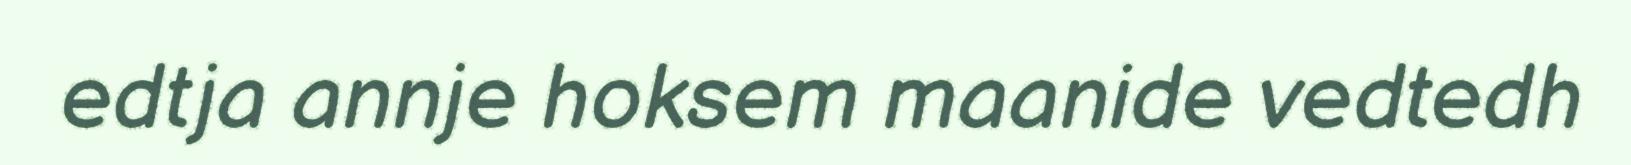
edtja annje hoksem maanide vedtedh